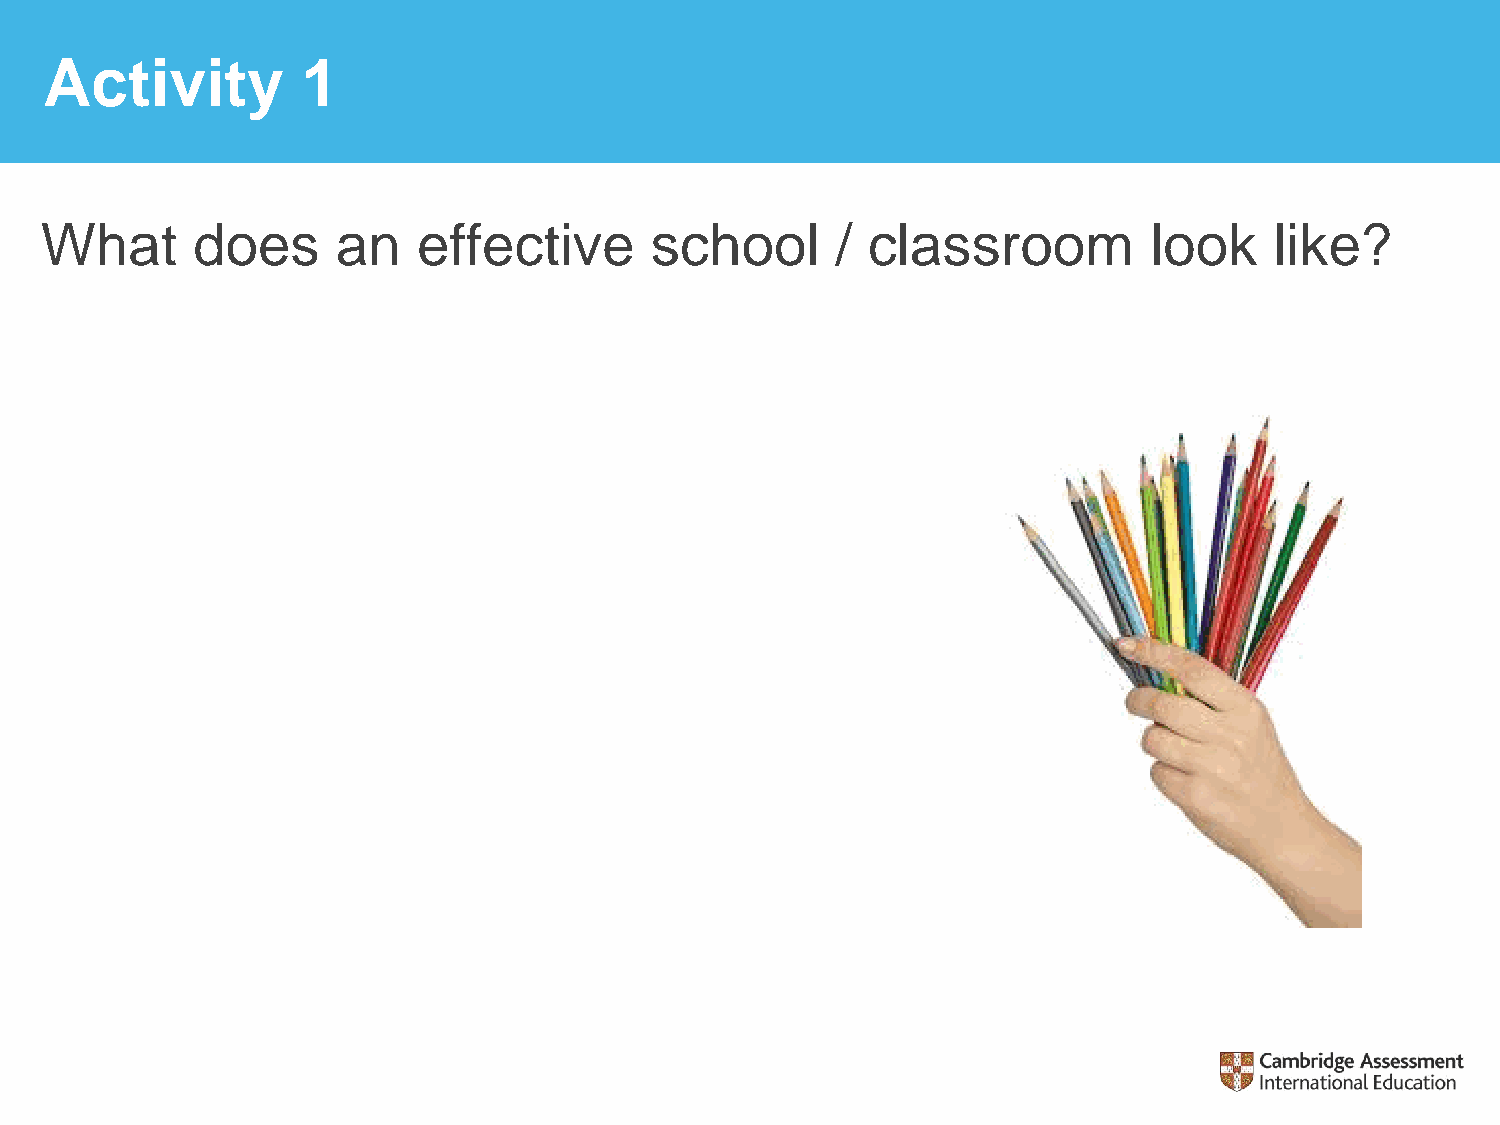
Activity         1
 What      does     an    effective      school      / classroom          look    like?